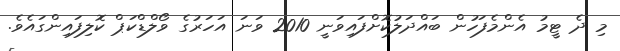
މި ދެ ޓީމު އެންމެފަހުން ބައްދަލުކޮށްފައިވަނީ 2010 ވަނަ އަހަރުގެ ވޯލްޑްކަޕް ކޮލިފައިންގައެވެ.